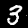
Digit: 3